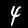
Digit: 4